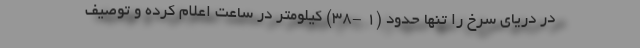
در دریای سرخ را تنها حدود (۱ -۳۸) کیلومتر در ساعت اعلام کرده و توصیف